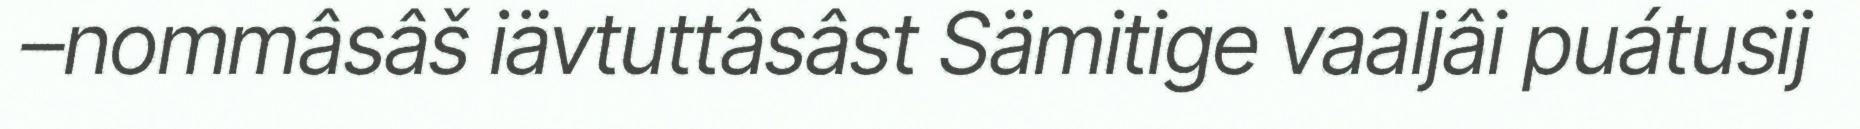
–nommâsâš iävtuttâsâst Sämitige vaaljâi puátusij